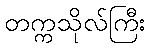
တက္ကသိုလ်ကြီး